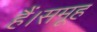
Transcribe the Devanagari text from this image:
हैं।समूह